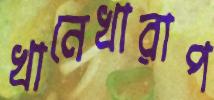
খানেখারাপ